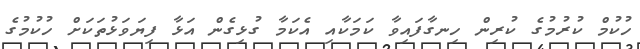
ހުކުމް ކުރުމުގެ ކުރިން ހިނގާފައިވާ ކަމަކާއި އެކަމާ ގުޅިގެން އަޅާ ފިޔަވަޅުތަކަށް ހުކުމުގެ